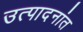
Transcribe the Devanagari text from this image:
उत्पादनांत